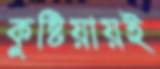
কুষ্টিয়ায়ই